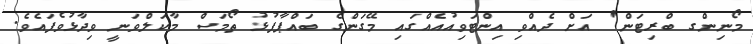
މޯނިންގ ބްރިޓަން' އަށް ދެއްވި އިންޓަވިއުއެއްގައި މޭގަންގެ ބައްޕާފުޅު ތޯމަސް މާކަލްވަނީ ވިދާޅުވެފައެވެ.